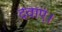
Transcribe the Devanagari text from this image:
दवाएं।